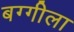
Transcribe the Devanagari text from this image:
बग्गीला